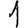
Digit: 1